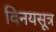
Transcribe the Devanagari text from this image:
विनयसूत्र